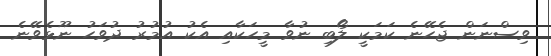
ވިސްނަން ޖެހޭނެ ކަމަކީ ލޯބި ނުވާ މީހަކާއި އެކު އުމުރު ދުވަހު ނޫޅެވޭނެ